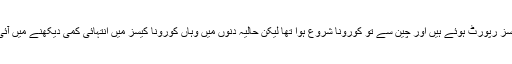
ایشیائی ممالک میں چین اور ایران جیسے ممالک بھی شامل ہیں جہاں کورونا کے بہت زیادہ کیسز رپورٹ ہوئے ہیں اور چین سے تو کورونا شروع ہوا تھا لیکن حالیہ دنوں میں وہاں کورونا کیسز میں انتہائی کمی دیکھنے میں آئی ہے اور اب وہاں رپورٹ ہونے والے کیسز کا تعلق بیرون ملک سے آنے والے افراد سے ہے۔